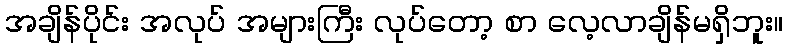
အချိန်ပိုင်း အလုပ် အများကြီး လုပ်တော့ စာ လေ့လာချိန်မရှိဘူး။